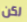
لكن